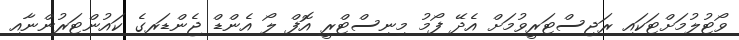
ވޯޓުލުމަށްޓަކައި ރަޖިސްޓަރީވުމަށް އެދޭ ފޯމު މިނިސްޓްރީ އޮފް ލޯ އެންޑް ޖެންޑަރގެ ކައުންޓަރުންނާއި